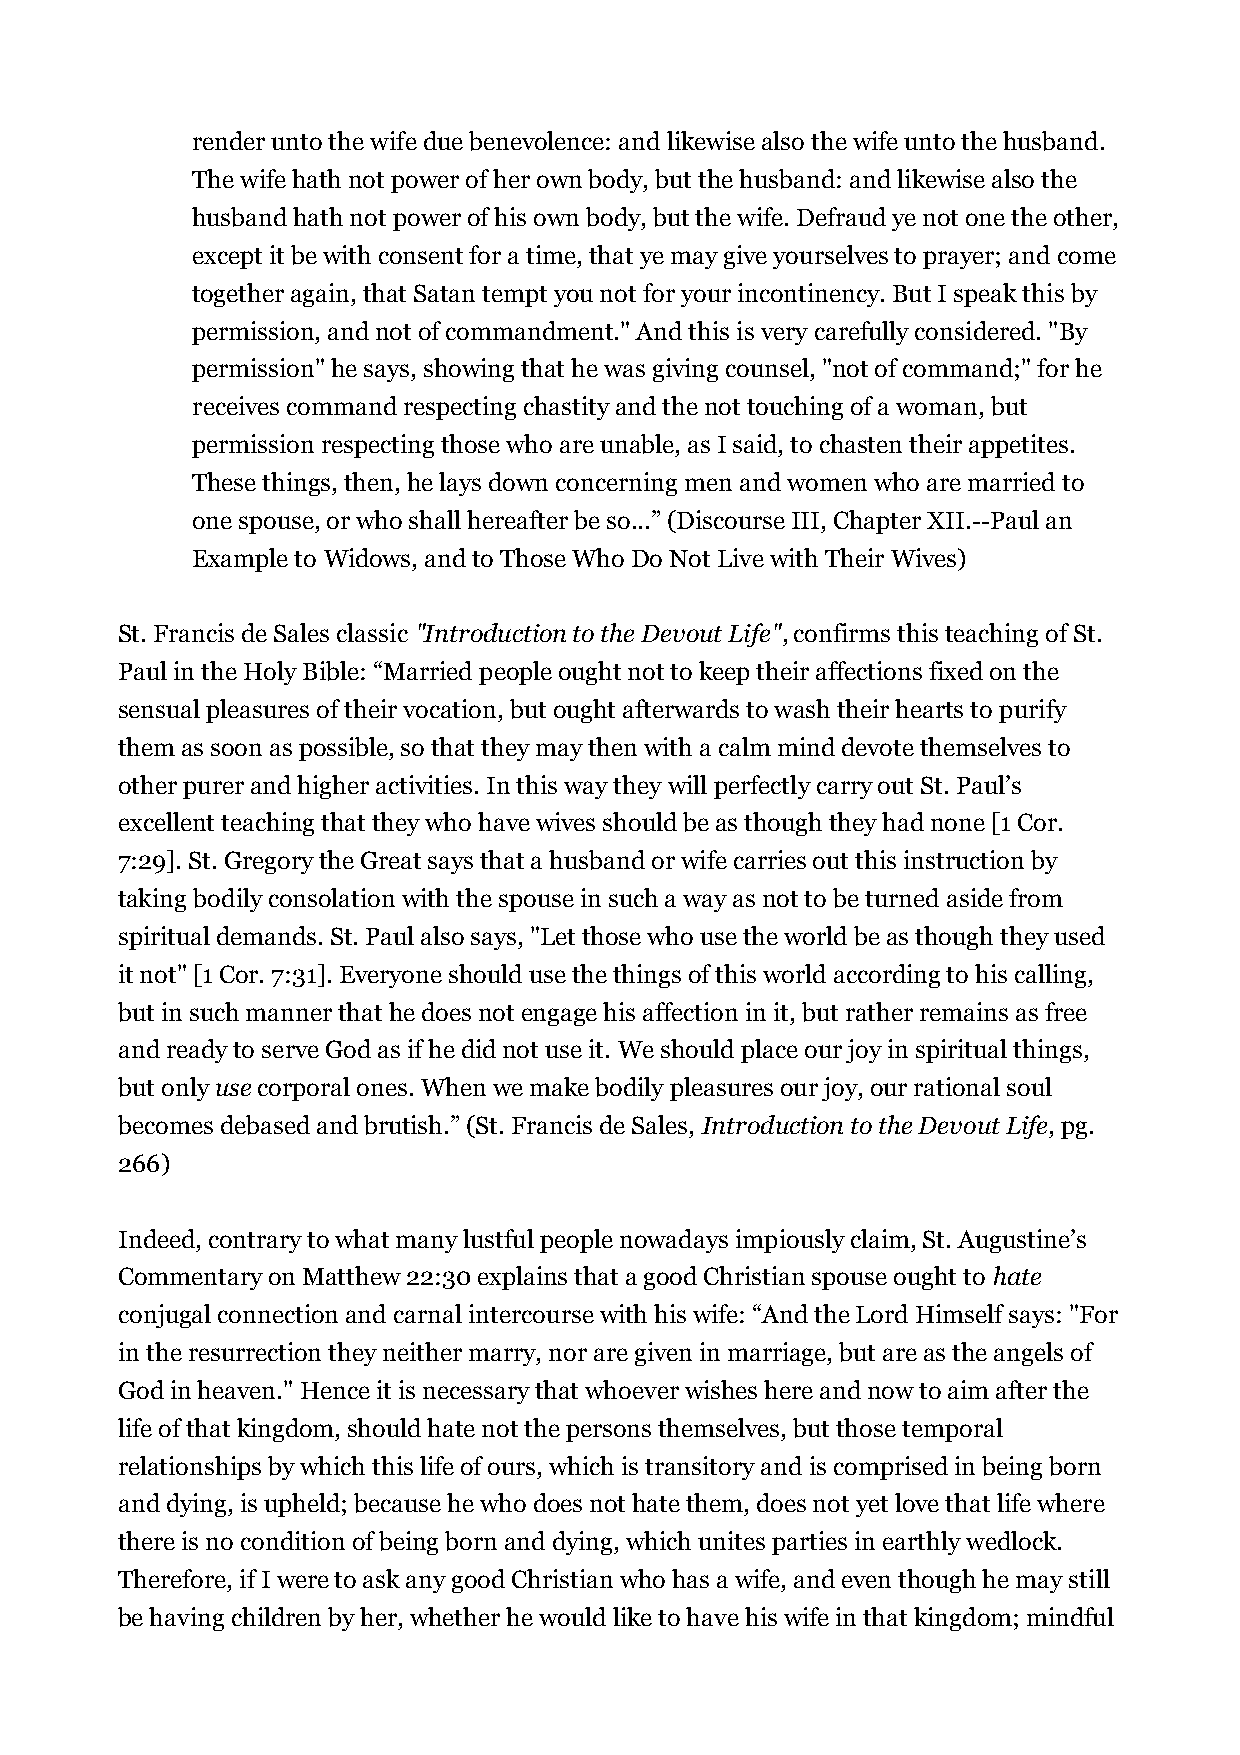
render unto the wife due benevolence: and likewise also the wife unto the husband.
 The wife hath not power of her own body, but the husband: and likewise also the
 husband hath not power of his own body, but the wife. Defraud ye not one the other,
 except it be with consent for a time, that ye may give yourselves to prayer; and come
 together again, that Satan tempt you not for your incontinency. But I speak this by
 permission, and not of commandment." And this is very carefully considered. "By
 permission" he says, showing that he was giving counsel, "not of command;" for he
 receives command respecting chastity and the not touching of a woman, but
 permission respecting those who are unable, as I said, to chasten their appetites.
 These things, then, he lays down concerning men and women who are married to
 one spouse, or who shall hereafter be so...” (Discourse III, Chapter XII.--Paul an
 Example to Widows, and to Those Who Do Not Live with Their Wives)
 St. Francis de Sales classic "Introduction to the Devout Life", confirms this teaching of St.
 Paul in the Holy Bible: “Married people ought not to keep their affections fixed on the
 sensual pleasures of their vocation, but ought afterwards to wash their hearts to purify
 them as soon as possible, so that they may then with a calm mind devote themselves to
 other purer and higher activities. In this way they will perfectly carry out St. Paul’s
 excellent teaching that they who have wives should be as though they had none [1 Cor.
 7:29]. St. Gregory the Great says that a husband or wife carries out this instruction by
 taking bodily consolation with the spouse in such a way as not to be turned aside from
 spiritual demands. St. Paul also says, "Let those who use the world be as though they used
 it not" [1 Cor. 7:31]. Everyone should use the things of this world according to his calling,
 but in such manner that he does not engage his affection in it, but rather remains as free
 and ready to serve God as if he did not use it. We should place our joy in spiritual things,
 but only use corporal ones. When we make bodily pleasures our joy, our rational soul
 becomes debased and brutish.” (St. Francis de Sales, Introduction to the Devout Life, pg.
 266)
 Indeed, contrary to what many lustful people nowadays impiously claim, St. Augustine’s
 Commentary on Matthew 22:30 explains that a good Christian spouse ought to hate
 conjugal connection and carnal intercourse with his wife: “And the Lord Himself says: "For
 in the resurrection they neither marry, nor are given in marriage, but are as the angels of
 God in heaven." Hence it is necessary that whoever wishes here and now to aim after the
 life of that kingdom, should hate not the persons themselves, but those temporal
 relationships by which this life of ours, which is transitory and is comprised in being born
 and dying, is upheld; because he who does not hate them, does not yet love that life where
 there is no condition of being born and dying, which unites parties in earthly wedlock.
 Therefore, if I were to ask any good Christian who has a wife, and even though he may still
 be having children by her, whether he would like to have his wife in that kingdom; mindful